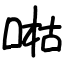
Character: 喖